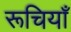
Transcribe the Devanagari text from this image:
रूचियाँ